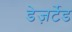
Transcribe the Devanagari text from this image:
डेज़र्टेड